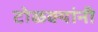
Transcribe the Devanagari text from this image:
टोळक्यांनी